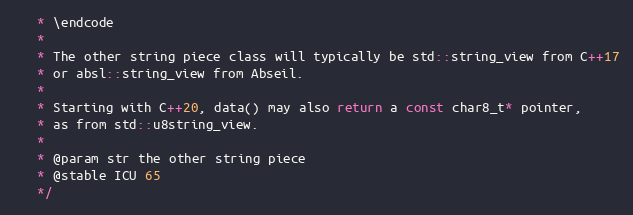
Language: C
   * \endcode
   *
   * The other string piece class will typically be std::string_view from C++17
   * or absl::string_view from Abseil.
   *
   * Starting with C++20, data() may also return a const char8_t* pointer,
   * as from std::u8string_view.
   *
   * @param str the other string piece
   * @stable ICU 65
   */